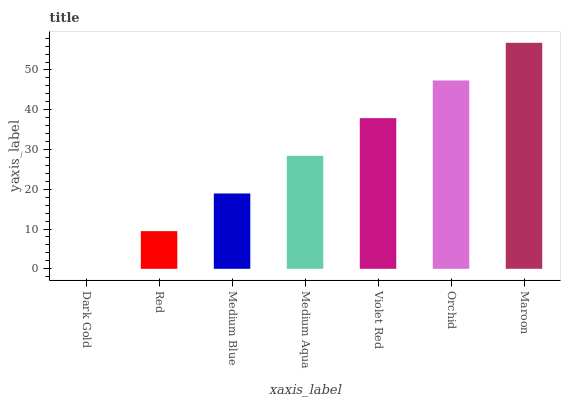
| xaxis_label | bars |
 | --- | --- |
 | Dark Gold | 0 |
 | Red | 9.47 |
 | Medium Blue | 18.9 |
 | Medium Aqua | 28.4 |
 | Violet Red | 37.9 |
 | Orchid | 47.4 |
 | Maroon | 56.8 |